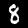
Digit: 8